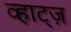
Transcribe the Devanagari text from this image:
व्हाट्ज़